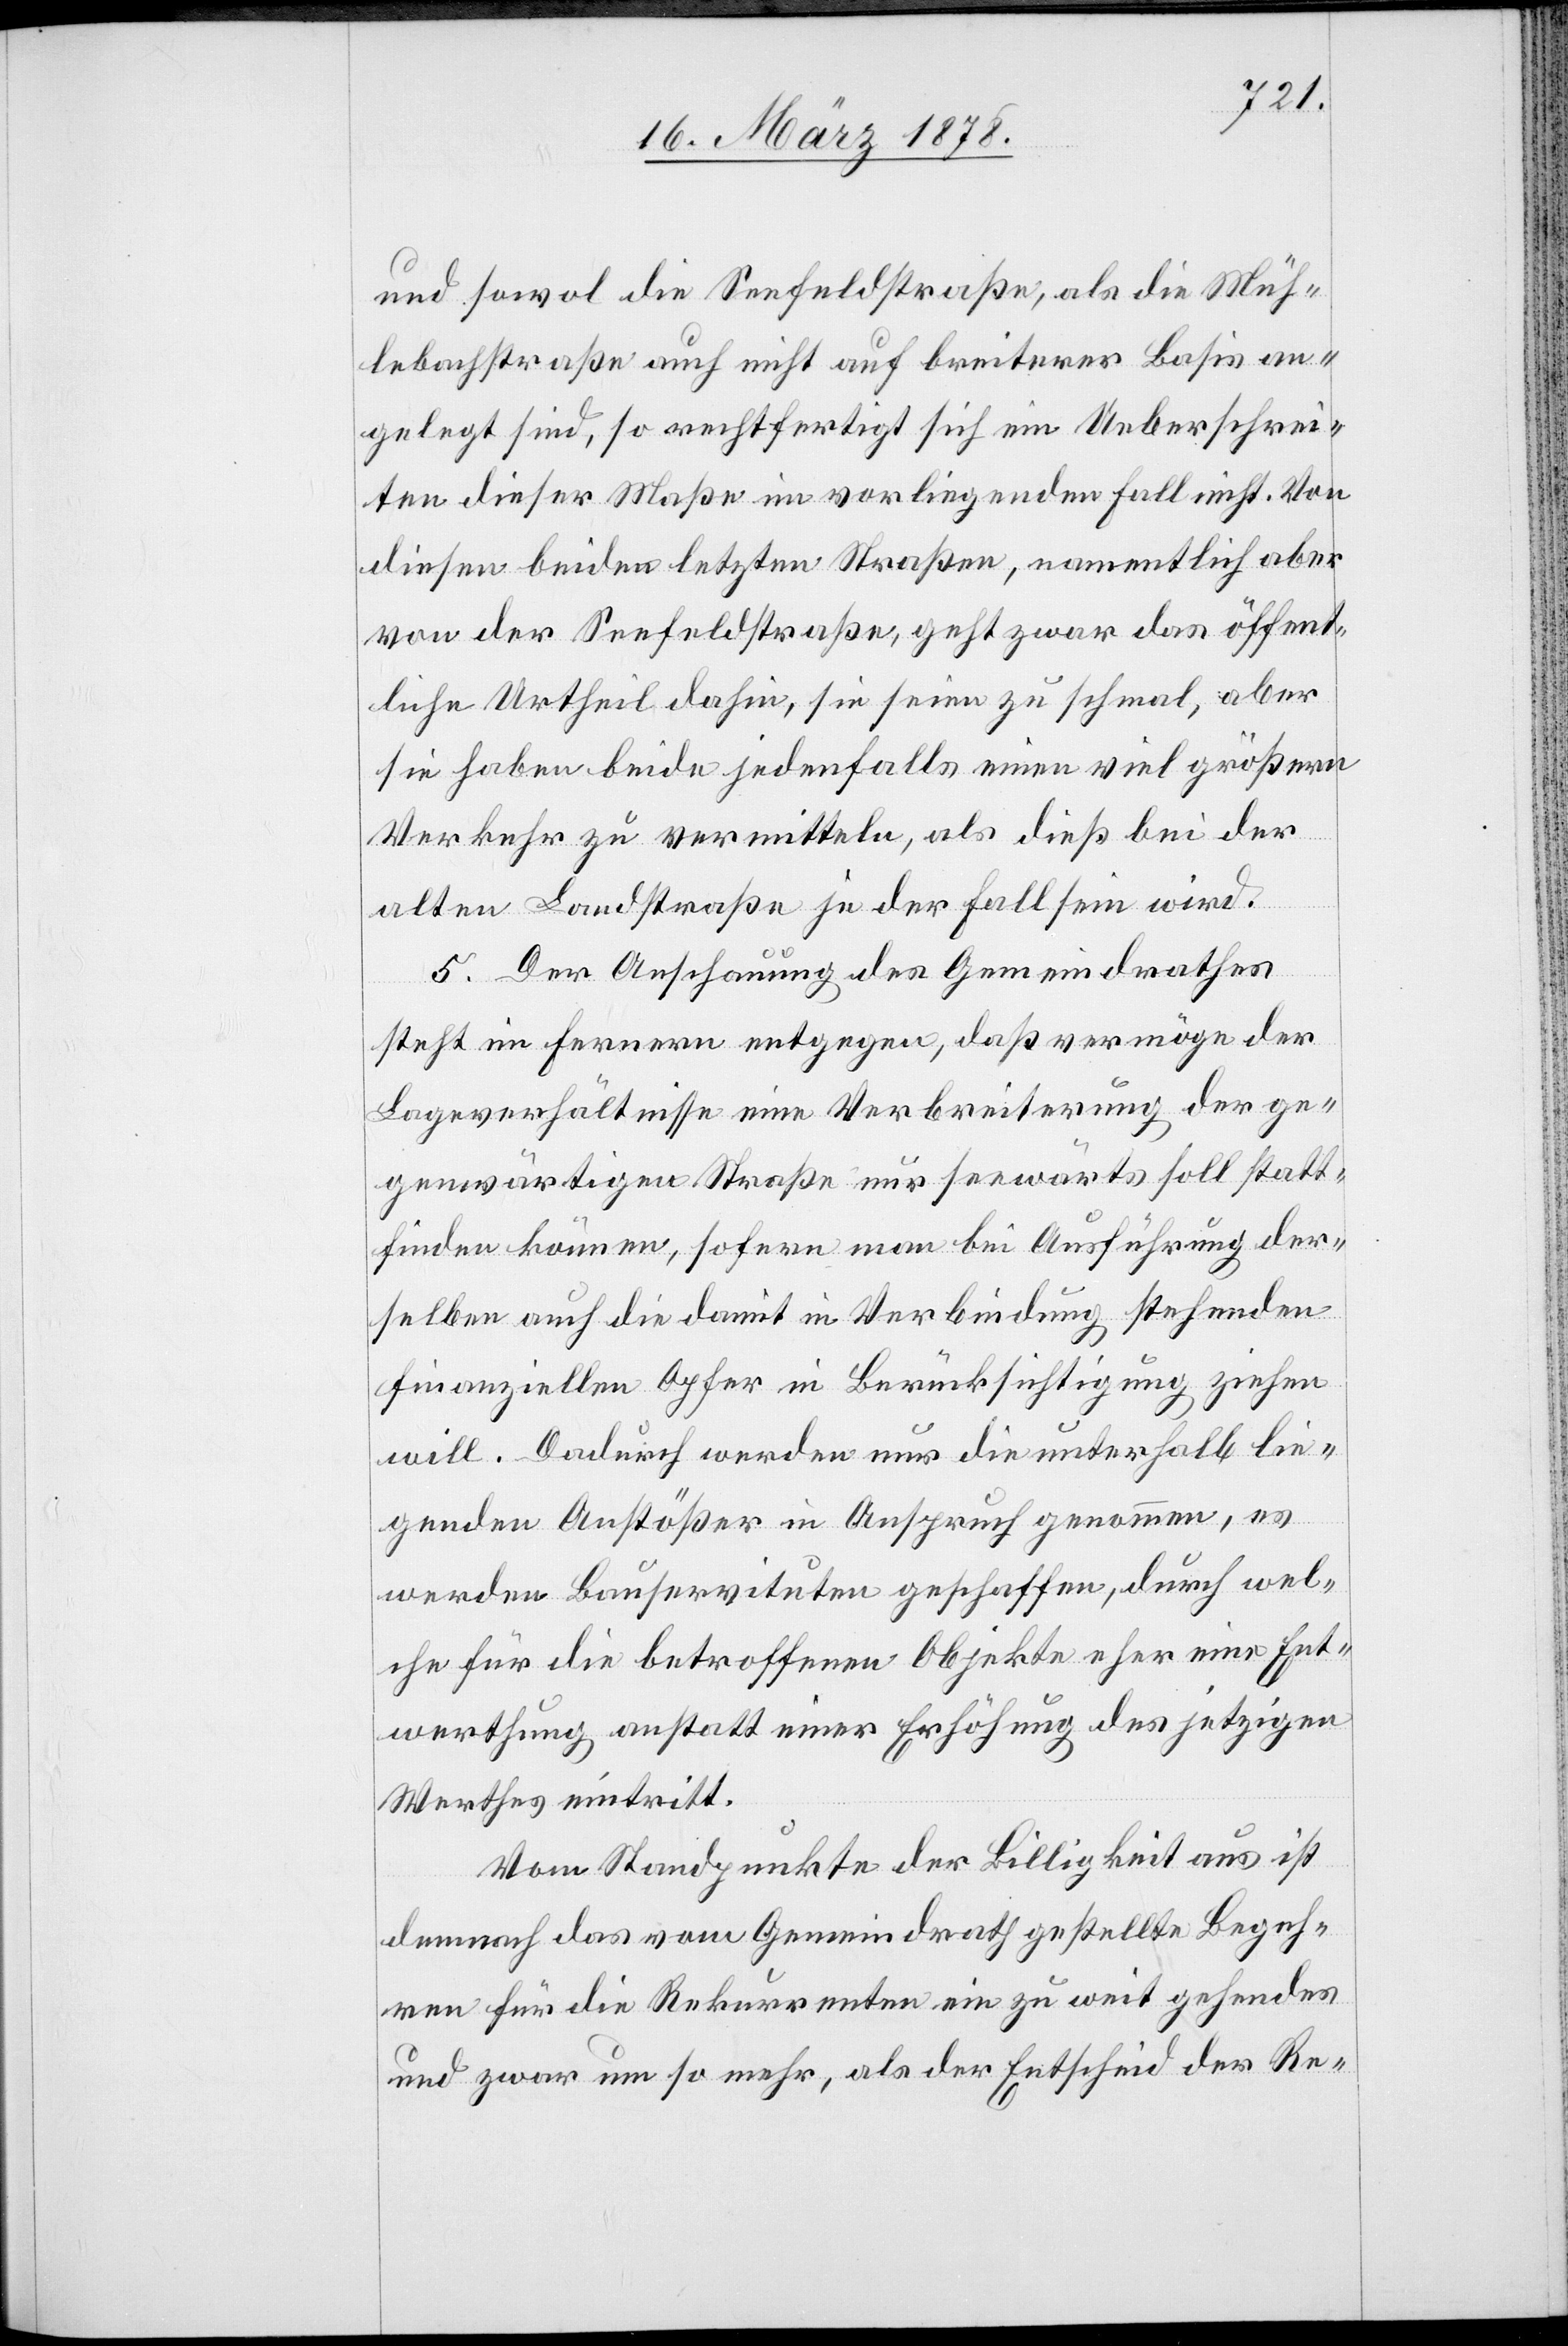
und sowol die Seefeldstraße, als die Müh¬
lebachstraße auch nicht auf breiterer Basis an¬
gelegt sind, so rechtfertigt sich ein Ueberschrei¬
ten dieser Maße im vorliegenden Fall nicht. Von
diesen beiden letzten Straßen, namentlich aber
von der Seefeldstraße, geht zwar das öffent¬
liche Urtheil dahin, sie seien zu schmal, aber
sie haben beide jedenfalls einen viel größern
Verkehr zu vermitteln, als dieß bei der
alten Landstraße je der Fall sein wird.
5. Der Anschauung des Gemeindrathes
steht im Fernern entgegen, daß vermöge der
Lagerverhältnisse eine Verbreiterung der ge¬
genwärtigen Straße nur seewärts soll statt¬
finden können, sofern man bei Ausführung der¬
selben auch die damit in Verbindung stehenden
finanziellen Opfer in Berücksichtigung ziehen
will. Dadurch werden nur die unterhalb lie¬
genden Anstößer in Anspruch genommen, es
werden Bauservituten geschaffen, durch wel¬
che für die betroffenen Objekte eher eine Ent¬
werthung anstatt einer Erhöhung des jetzigen
Werthes eintritt.
Vom Standpunkte der Billigkeit aus ist
demnach das vom Gemeindrath gestellte Begeh¬
ren für die Rekurrenten ein zu weit gehendes
und zwar um so mehr, als der Entscheid der Re-